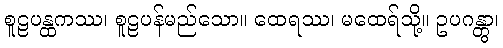
စူဠပန္ထကဿ၊ စူဠပန်မည်သော။ ထေရဿ၊ မထေရ်သို့။ ဥပဂန္တွာ၊